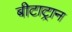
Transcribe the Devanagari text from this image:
बीटाट्रान